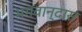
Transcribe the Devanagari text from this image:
भगवान्दास